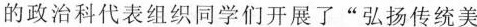
的政治科代表组织同学们开展了”弘扬传统美